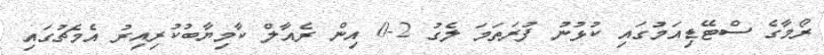
ރޯމާގެ ސްޓޭޑިއަމުގައި ކުޅުނު ފުރަތަމަ ލެގު 2-0 އިން ރެއާލް ކާމިޔާބުކުރިއިރު އެމެޗުގައި